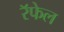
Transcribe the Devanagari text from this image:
रॅफेल